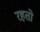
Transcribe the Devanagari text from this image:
रहतो